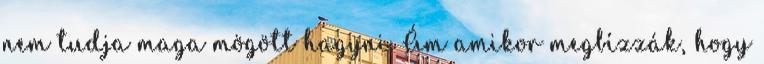
nem tudja maga mögött hagyni. Ám amikor megbízzák, hogy